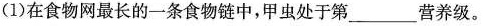
(1)在食物网最长的一条食物链中，甲虫处于第_____营养级。